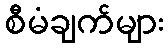
စီမံချက်များ